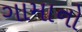
ગામાનો